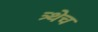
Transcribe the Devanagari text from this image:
त्र्थेच